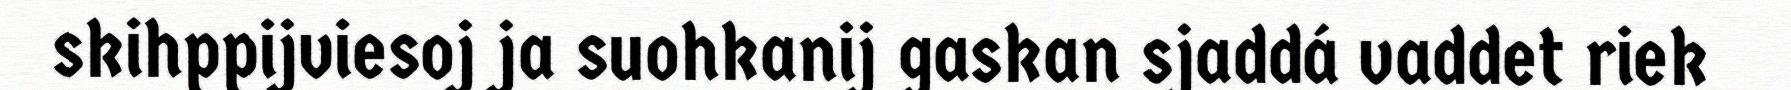
skihppijviesoj ja suohkanij gaskan sjaddá vaddet riek